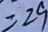
= 2 9